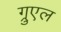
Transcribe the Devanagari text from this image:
ग्रुएल